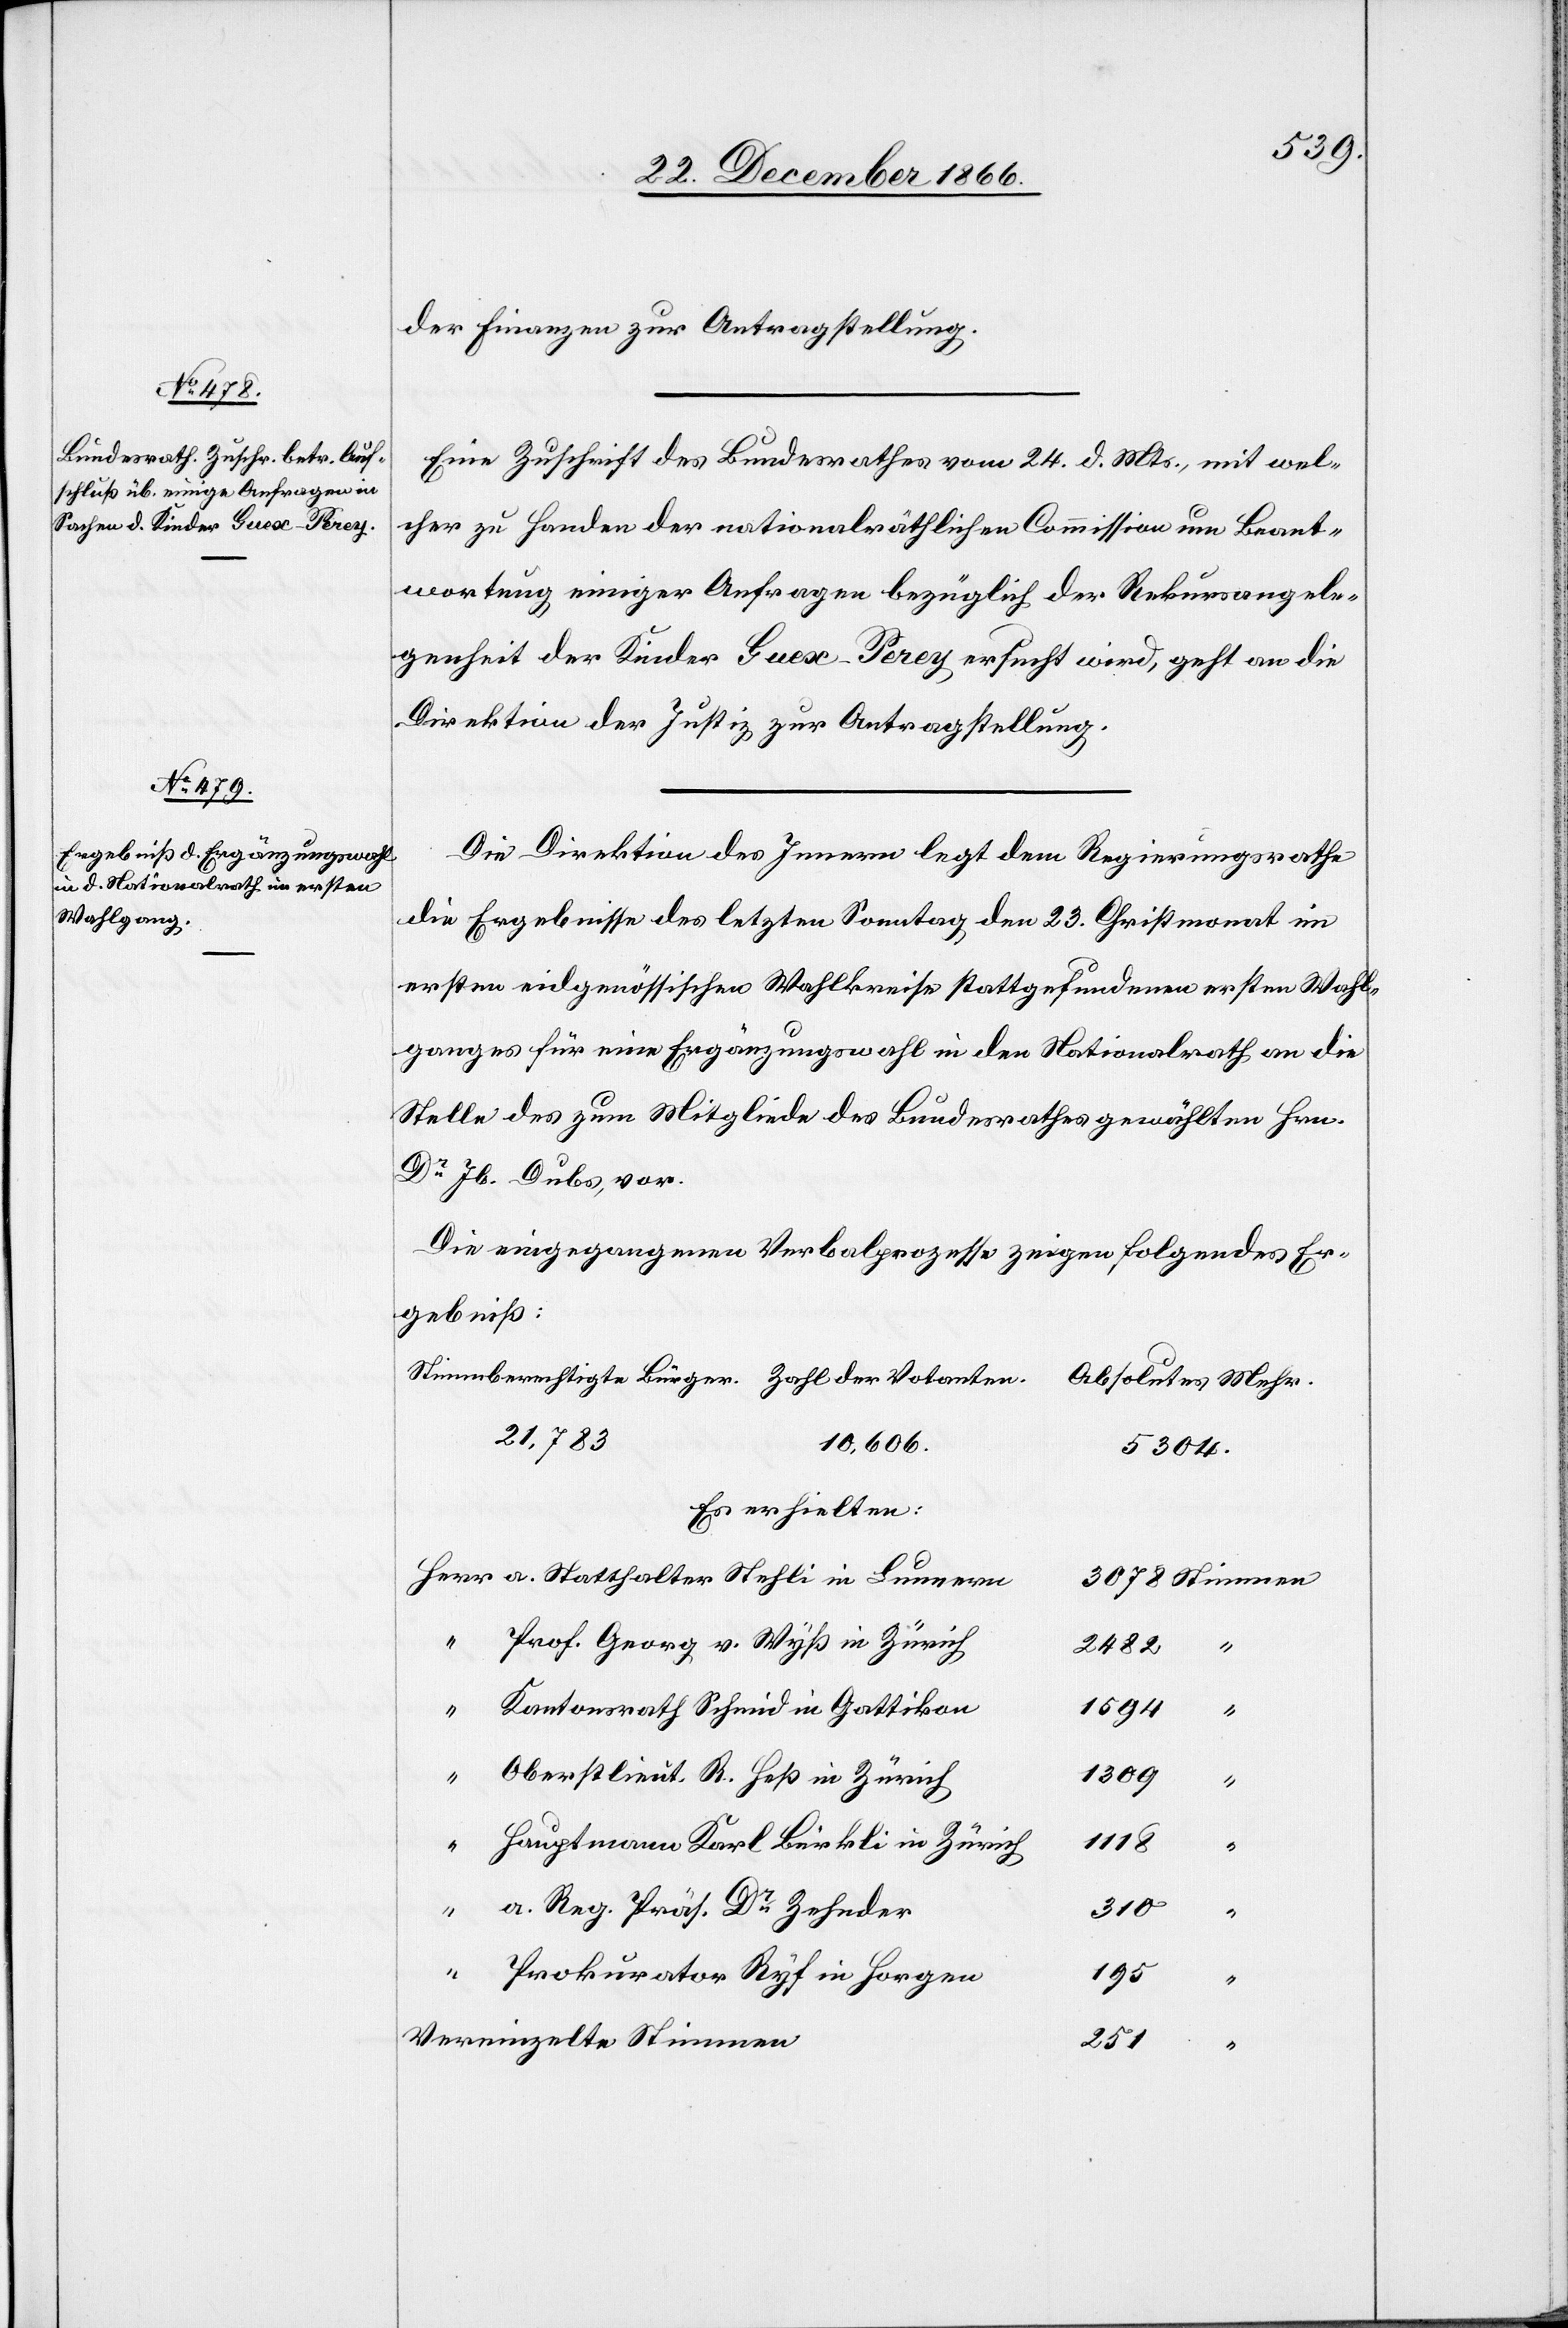
27. December 1866.]
der Finanzen zur Antragstellung.
Eine Zuschrift des Bundesrathes vom 24. d. Mts., mit wel¬
cher zu Handen der nationalräthlichen Commission um Beant¬
wortung einiger Anfragen bezüglich der Rekursangele¬
genheit der Kinder Guex-Perey ersucht wird, geht an die
Direktion der Justiz zur Antragstellung.
Die Direktion des Innern legt dem Regierungsrathe
die Ergebnisse des letzten Sonntag den 23. Christmonat im
ersten eidgenössischen Wahlkreise stattgefundenen ersten Wahl¬
ganges für eine Ergänzungswahl in den Nationalrath an die
Stelle des zum Mitgliede des Bundesrathes gewählten Hrn.
Dr. Jb. Dubs, vor.
Die eingegangenen Verbalprozesse zeigen folgendes Er¬
gebniß:
Absolutes Mehr.
21 783
10 606
5304
Es erhielten:
“
Prof. Georg v. Wyß in Zürich
2482
“
Kantonsrath Schmid in Gattikon
Oberstlieut. R. Heß in Zürich
Hauptmann Karl Bürkli in Zürich
1118
“
a. Reg. Präs. Dr. Zehnder
310
“
Prokurator Ryf in Horgen
195
Vereinzelte Stimmen
251